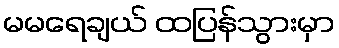
မမရေချယ် ထပြန်သွားမှာ